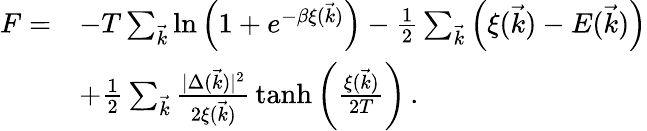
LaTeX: \begin{array}{rl}{F=}&{-T\sum_{\vec{k}}\ln\left(1+e^{-\beta\xi(\vec{k})}\right)-{\textstyle{\frac{1}{2}}}\sum_{\vec{k}}\left(\xi(\vec{k})-E(\vec{k})\right)}\\ &{+{\textstyle{\frac{1}{2}}}\sum_{\vec{k}}{\textstyle{\frac{|\Delta(\vec{k})|^{2}}{2\xi(\vec{k})}}}\operatorname{tanh}\left({\textstyle{\frac{\xi(\vec{k})}{2T}}}\right)\, .}\end{array}